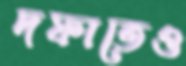
দফাতেও